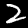
Label: 2